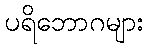
ပရိဘောဂများ